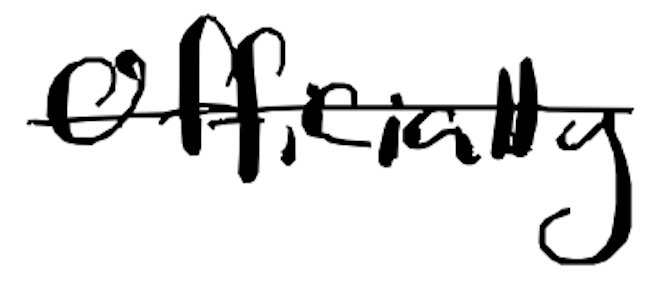
Text: officially
Cross-out: single-line
Writing tool: digital_black